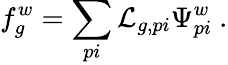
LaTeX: f_{g}^{w}=\sum_{pi}\mathcal{L}_{g,pi}\Psi_{pi}^{w}~.